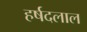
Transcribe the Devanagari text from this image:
हर्षदलाल